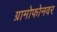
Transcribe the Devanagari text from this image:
ग्रामोफोनवर